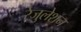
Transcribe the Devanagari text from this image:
रेजुलेशन